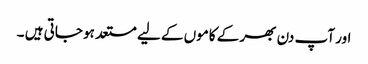
اور آپ دن بھر کے کاموں کے لیے مستعد ہو جاتی ہیں ۔